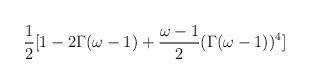
LaTeX: \begin{align*}\frac{1}{2}[1 - 2 \Gamma (\omega - 1) + \frac{\omega - 1}{2} (\Gamma (\omega-1))^4]\end{align*}